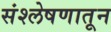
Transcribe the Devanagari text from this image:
संश्लेषणातून